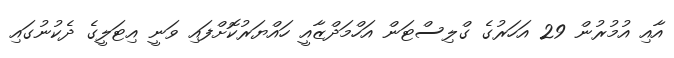
އާއި އުމުރުން 29 އަހަރުގެ ގްލިސްޓަން އަހްމަދްޒާއީ ހައްޔަރުކޮށްފައި ވަނީ އިޓަލީގެ ދެކުނުގައި